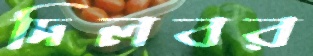
দিলবর